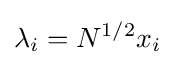
\lambda _{i}=N^{1/2}x_{i}